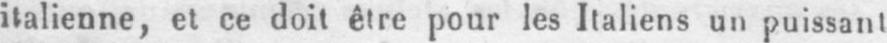
italienne, et ce doit être pour les Italiens un puissant